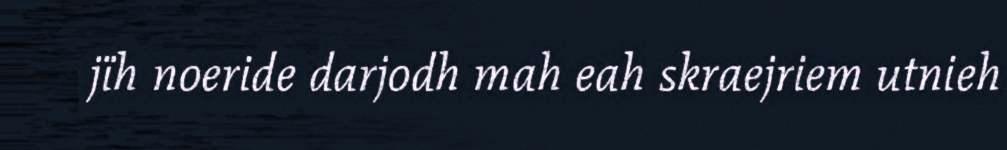
jïh noeride darjodh mah eah skraejriem utnieh